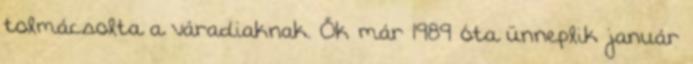
tolmácsolta a váradiaknak. Ők már 1989 óta ünneplik január